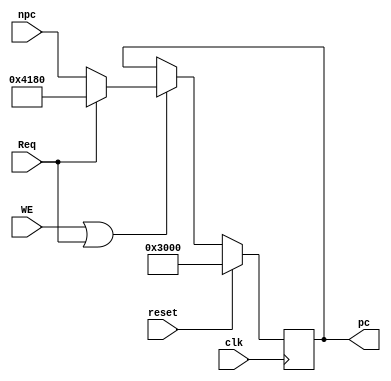
`timescale 1ns / 1ps

module F_PC(
	input clk,
	input reset,
	input WE,
	input [31:0]npc,
	input Req,
	
	output reg [31:0] pc
    );
	 
	initial begin
		pc <= 32'h0000_3000;
	end
	
	always@(posedge clk) begin
		if(reset) begin
			pc <= 32'h0000_3000;
		end
		else if(WE | Req)begin
			pc <= (Req ? 32'h0000_4180 : npc);
		end
	end
endmodule